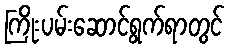
ကြိုးပမ်းဆောင်ရွက်ရာတွင်